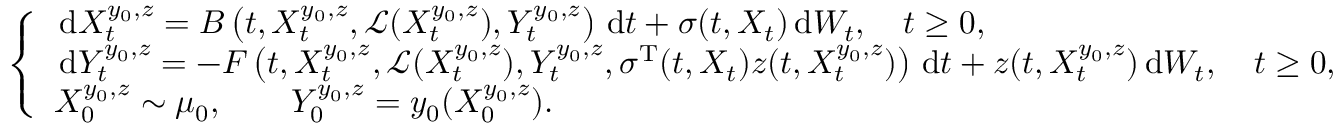
\left\{ \begin{array} { l l } { \, \mathrm { d } X _ { t } ^ { y _ { 0 } , z } = B \left( t , X _ { t } ^ { y _ { 0 } , z } , \mathcal { L } ( X _ { t } ^ { y _ { 0 } , z } ) , Y _ { t } ^ { y _ { 0 } , z } \right) \, \mathrm { d } t + \sigma ( t , X _ { t } ) \, \mathrm { d } W _ { t } , \quad t \ge 0 , } \\ { \, \mathrm { d } Y _ { t } ^ { y _ { 0 } , z } = - F \left( t , X _ { t } ^ { y _ { 0 } , z } , \mathcal { L } ( X _ { t } ^ { y _ { 0 } , z } ) , Y _ { t } ^ { y _ { 0 } , z } , \sigma ^ { \operatorname { T } } ( t , X _ { t } ) z ( t , X _ { t } ^ { y _ { 0 } , z } ) \right) \, \mathrm { d } t + z ( t , X _ { t } ^ { y _ { 0 } , z } ) \, \mathrm { d } W _ { t } , \quad t \ge 0 , } \\ { X _ { 0 } ^ { y _ { 0 } , z } \sim \mu _ { 0 } , \qquad Y _ { 0 } ^ { y _ { 0 } , z } = y _ { 0 } ( X _ { 0 } ^ { y _ { 0 } , z } ) . } \end{array} \right.